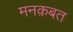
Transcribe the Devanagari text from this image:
मनक़बत